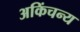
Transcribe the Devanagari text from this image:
अकिंचन्य